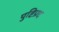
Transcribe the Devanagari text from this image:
पुष्टिप्रद